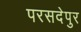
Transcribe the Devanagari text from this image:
परसदेपुर